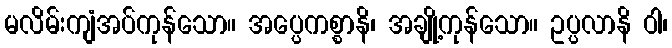
မလိမ်းကျံအပ်ကုန်သော။ အပ္ပေကစ္စာနိ၊ အချို့ကုန်သော။ ဥပ္ပလာနိ ဝါ၊